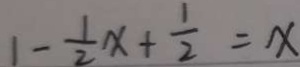
1 - \frac { 1 } { 2 } x + \frac { 1 } { 2 } = x